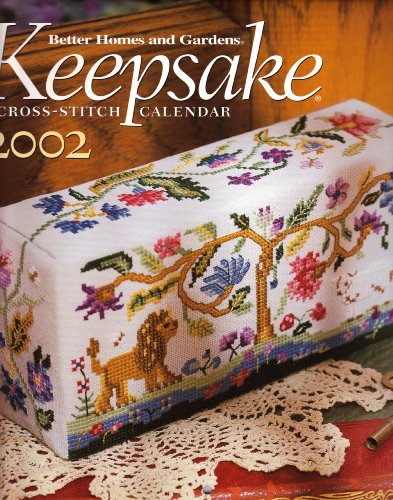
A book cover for Keepsake Calendar 2002 - Counted Cross Stitch Patterns - Better Homes and Gardens; Calendars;